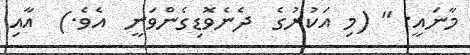
މާނައީ: " (މި އަކުރުގެ  ދެނެވޮޑިގެންވަނީ  އެވެ.)  އާއި